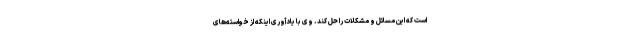
است که این مسائل و مشکلات را حل کند. وی با یادآوری اینکه از خواسته‌های